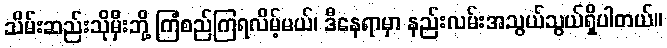
သိမ်းဆည်းသိုမှီးဘို့ ကြံစည်ကြရလိမ့်မယ်၊ ဒီနေရာမှာ နည်းလမ်းအသွယ်သွယ်ရှိပါတယ်။